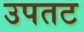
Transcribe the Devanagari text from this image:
उपतट